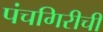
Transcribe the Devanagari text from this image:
पंचगिरीची